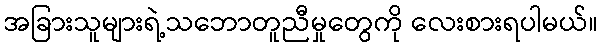
အခြားသူများရဲ့သဘောတူညီမှုတွေကို လေးစားရပါမယ်။